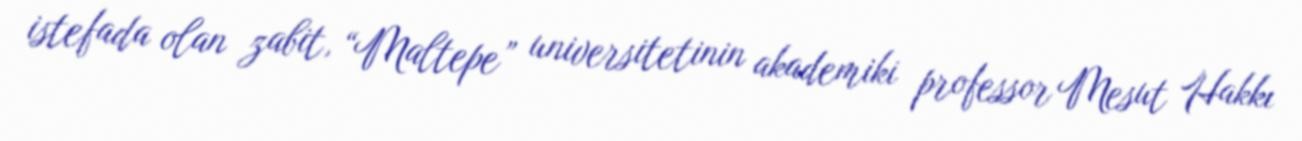
istefada olan zabit, “Maltepe” universitetinin akademiki professor Mesut Hakkı